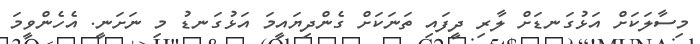
މިސާލަކަށް އަޅުގަނޑަށް ލާރި ދީފައި ތަނަކަށް ގެންދިޔައީމަ އަޅުގަނޑު މި ނަށަނީ. އެހެންވީމަ